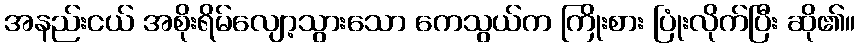
အနည်းငယ် အစိုးရိမ်လျော့သွားသော ကေသွယ်က ကြိုးစား ပြုံးလိုက်ပြီး ဆို၏။